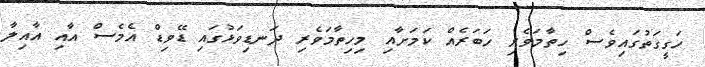
ހަގީގަތުގައިވެސް ހިތާމަވެރި ހަބަރެއް ކަމަށާއި މިހިތާމަވެރި ދަނޑިވަޅުގައި ޑޭވިޑް އެމެސް އާއި އާއިލާ